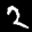
Label: 2